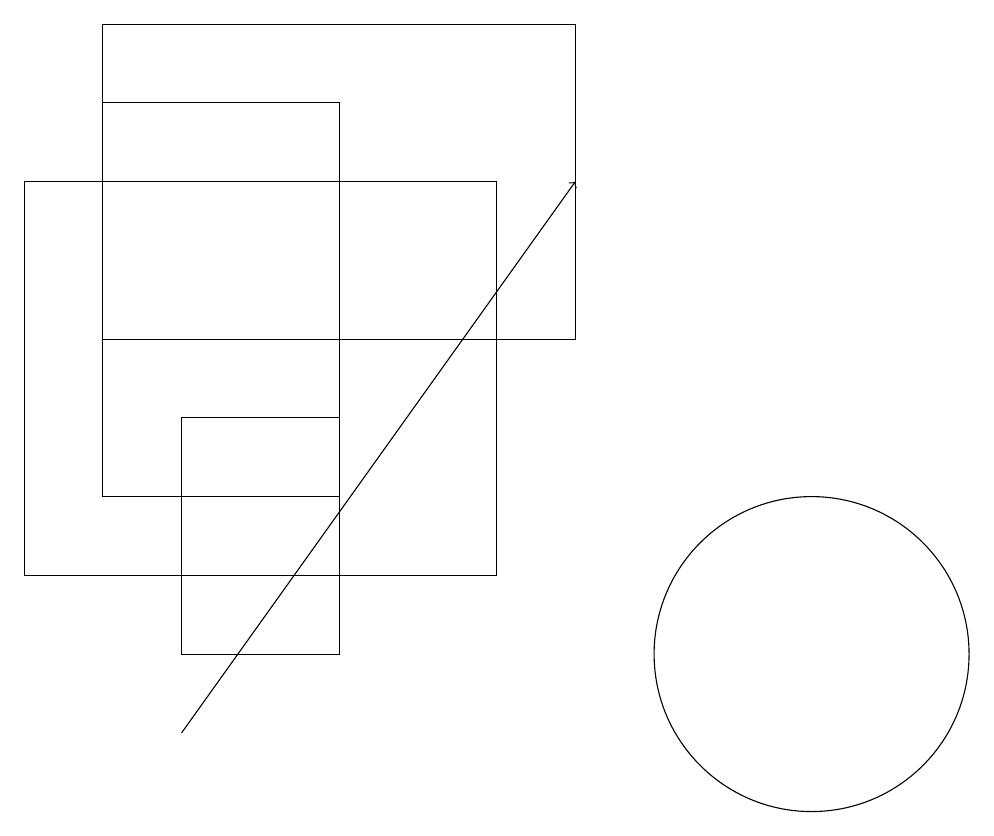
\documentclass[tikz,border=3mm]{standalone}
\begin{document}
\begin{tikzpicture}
\draw (4,18) rectangle (1,13);
\draw (0,17) rectangle (6,12);
\draw (1,19) rectangle (7,15);
\draw (2,14) rectangle (4,11);
\draw[->] (2,10) -- (7,17);
\draw (10,11) circle (2);
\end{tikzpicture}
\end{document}